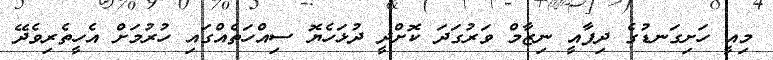
މިއީ ހަށިގަނޑުގެ ދިފާއީ ނިޒާމް ވަރުގަދަ ކޮށްދީ ދުޅަހެޔޮ ސިއްހަތެއްގައި ހުރުމަށް އެހީތެރިވެދޭ